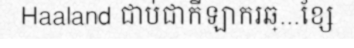
Haaland ជាប់ជាកីឡាករឆ្...ខ្សែ